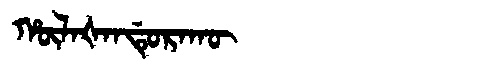
Manchu: ᡥᡡᠯᠠᡧᠠᠨᡩᡠᡵᠠᡴᡡ
Romanization: HŪLAŠANDURAKŪ